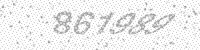
Solution: 861989